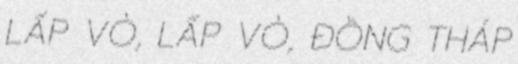
LẤP VÒ, LẤP VÒ, ĐỒNG THÁP